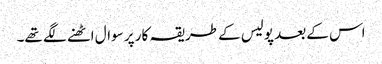
اس کے بعد پولیس کے طریقہ کار پر سوال اٹھنے لگے تھے۔